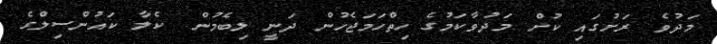
މަދުވެ ރަށުގައި ކުށް މަދުވާކަމުގެ ހިތްހަމަޖެހުން ދަނީ ލިބެމުން  ކެލާ ކައުންސިލްގެ